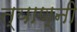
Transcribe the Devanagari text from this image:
त्याण्नी